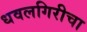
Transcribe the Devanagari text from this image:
धवलगिरीचा